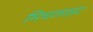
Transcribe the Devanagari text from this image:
मिचलाहट